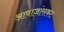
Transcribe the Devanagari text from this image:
आवाजांसकट